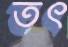
তৎ